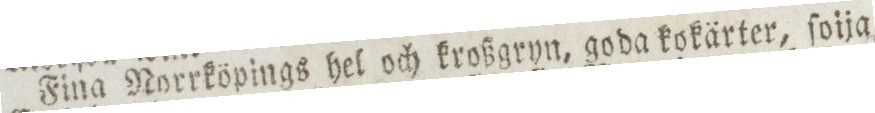
Fina Norrköpings hel och kroßgryn, goda kökärter, ſoija,